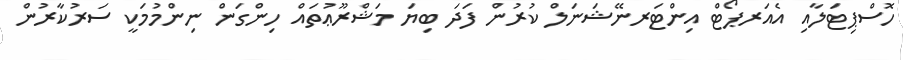
ހޮސްޕިޓަލާއި އެއަރޕޯޓް އިންޓަރނޭޝަނަލް ކުރުން ފަދަ ބިޔަ މަޝްރޫޢުތައް ހިންގަން ނިންމުމަކީ ސަރުކާރުން